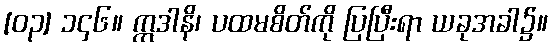
[၀၃] ၁၄၆။ ဣဒါနိ၊ ပထမစိတ်ကို ပြပြီးရာ ယခုအခါ၌။